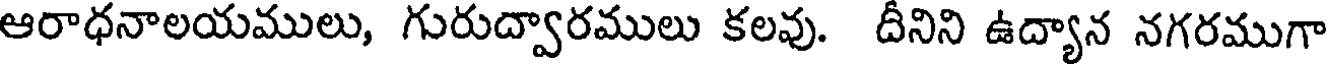
ఆరాధనాలయములు, గురుద్వారములు కలవు. దీనిని ఉద్యాన నగరముగా